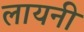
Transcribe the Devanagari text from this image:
लायनी